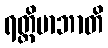
ရတ္တိမာဘာတိ